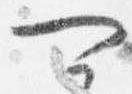
可